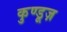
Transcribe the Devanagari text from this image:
कुण्डूज़